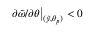
\partial \tilde { \omega } / \partial \theta \big | _ { ( \tilde { y } , \theta _ { p } ) } < 0